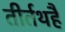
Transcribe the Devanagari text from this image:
तीर्तथहै